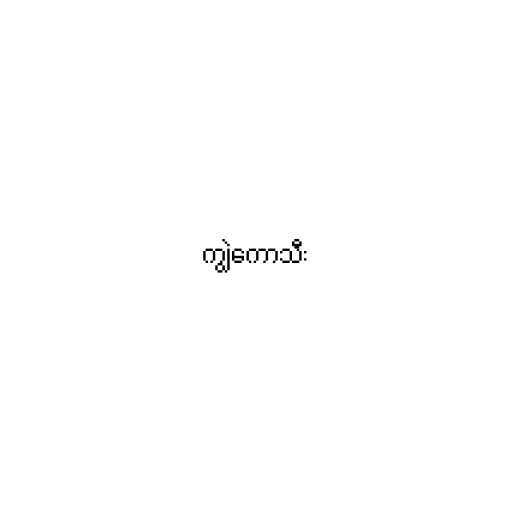
ကျွဲကောသီး